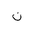
Letter: _non